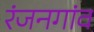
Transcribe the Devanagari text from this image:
रंजनगांव